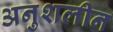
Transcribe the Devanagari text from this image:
अनुशलीन